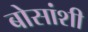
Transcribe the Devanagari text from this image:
बोसांशी